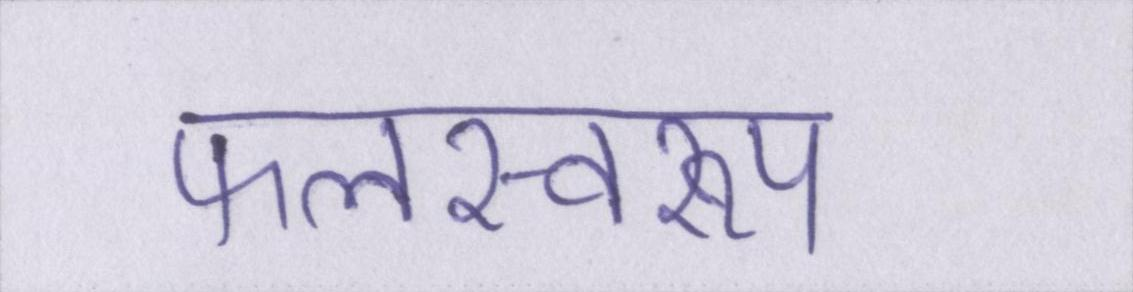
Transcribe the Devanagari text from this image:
फलस्वरूप